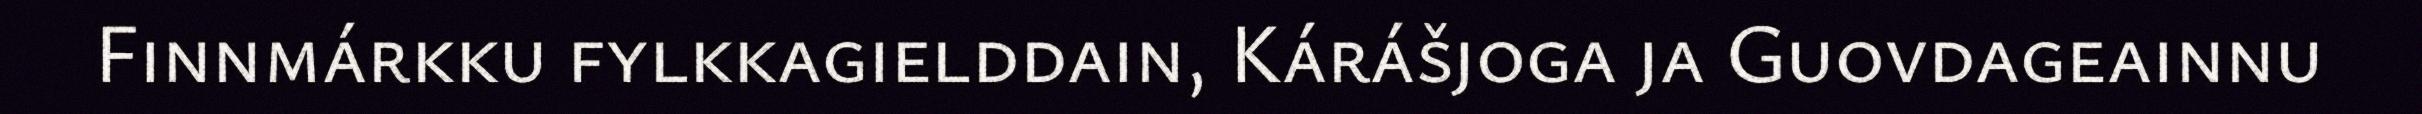
Finnmárkku fylkkagielddain, Kárášjoga ja Guovdageainnu